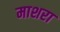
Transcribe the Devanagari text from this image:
माशरा